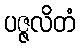
ပဇ္ဇလိတံ